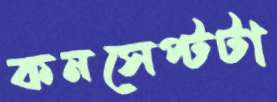
কনসেপ্টটা